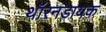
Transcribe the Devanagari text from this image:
थॉरनडायक